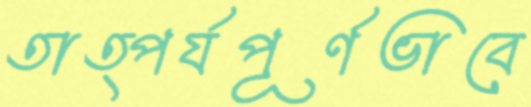
তাত্পর্যপূর্ণভাবে